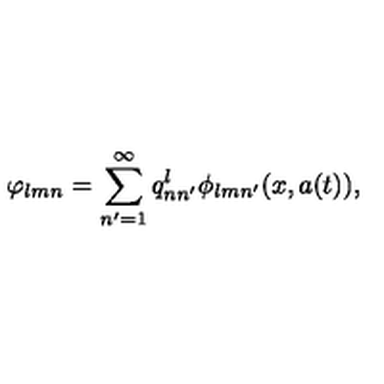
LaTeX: \varphi _ { l m n } = \sum _ { n ^ { \prime } = 1 } ^ { \infty } q _ { n n ^ { \prime } } ^ { l } \phi _ { l m n ^ { \prime } } ( x , a ( t ) ) ,